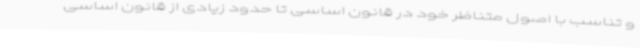
و تناسب با اصول متناظر خود در قانون اساسی تا حدود زیادی از قانون اساسی